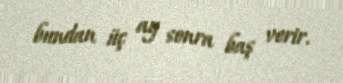
bundan üç ay sonra baş verir.